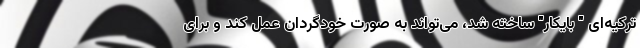
ترکیه‌ای " بایکار" ساخته شد، می‌تواند به صورت خودگردان عمل کند و برای